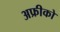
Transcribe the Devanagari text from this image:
अफ्रीको